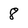
Character: 8